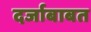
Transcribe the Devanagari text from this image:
दर्जाबाबत